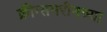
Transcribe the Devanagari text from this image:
क्रीग्समरीनच्या